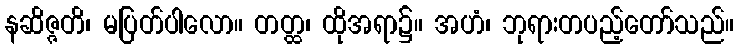
နဆိဇ္ဇတိ၊ မပြတ်ပါလော။ တတ္ထ၊ ထိုအရာ၌။ အဟံ၊ ဘုရားတပည့်တော်သည်။